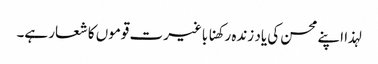
لہذا اپنے محسن کی یاد زندہ رکھنا باغیرت قوموں کا شعار ہے۔